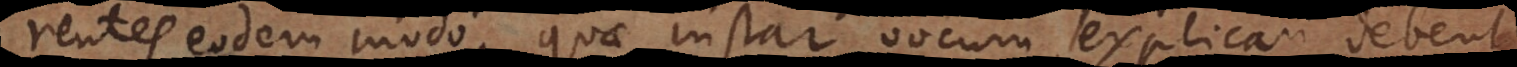
rentes eodem modo, quae instar vocum explicari debent.